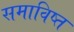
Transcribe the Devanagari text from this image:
समाविष्त